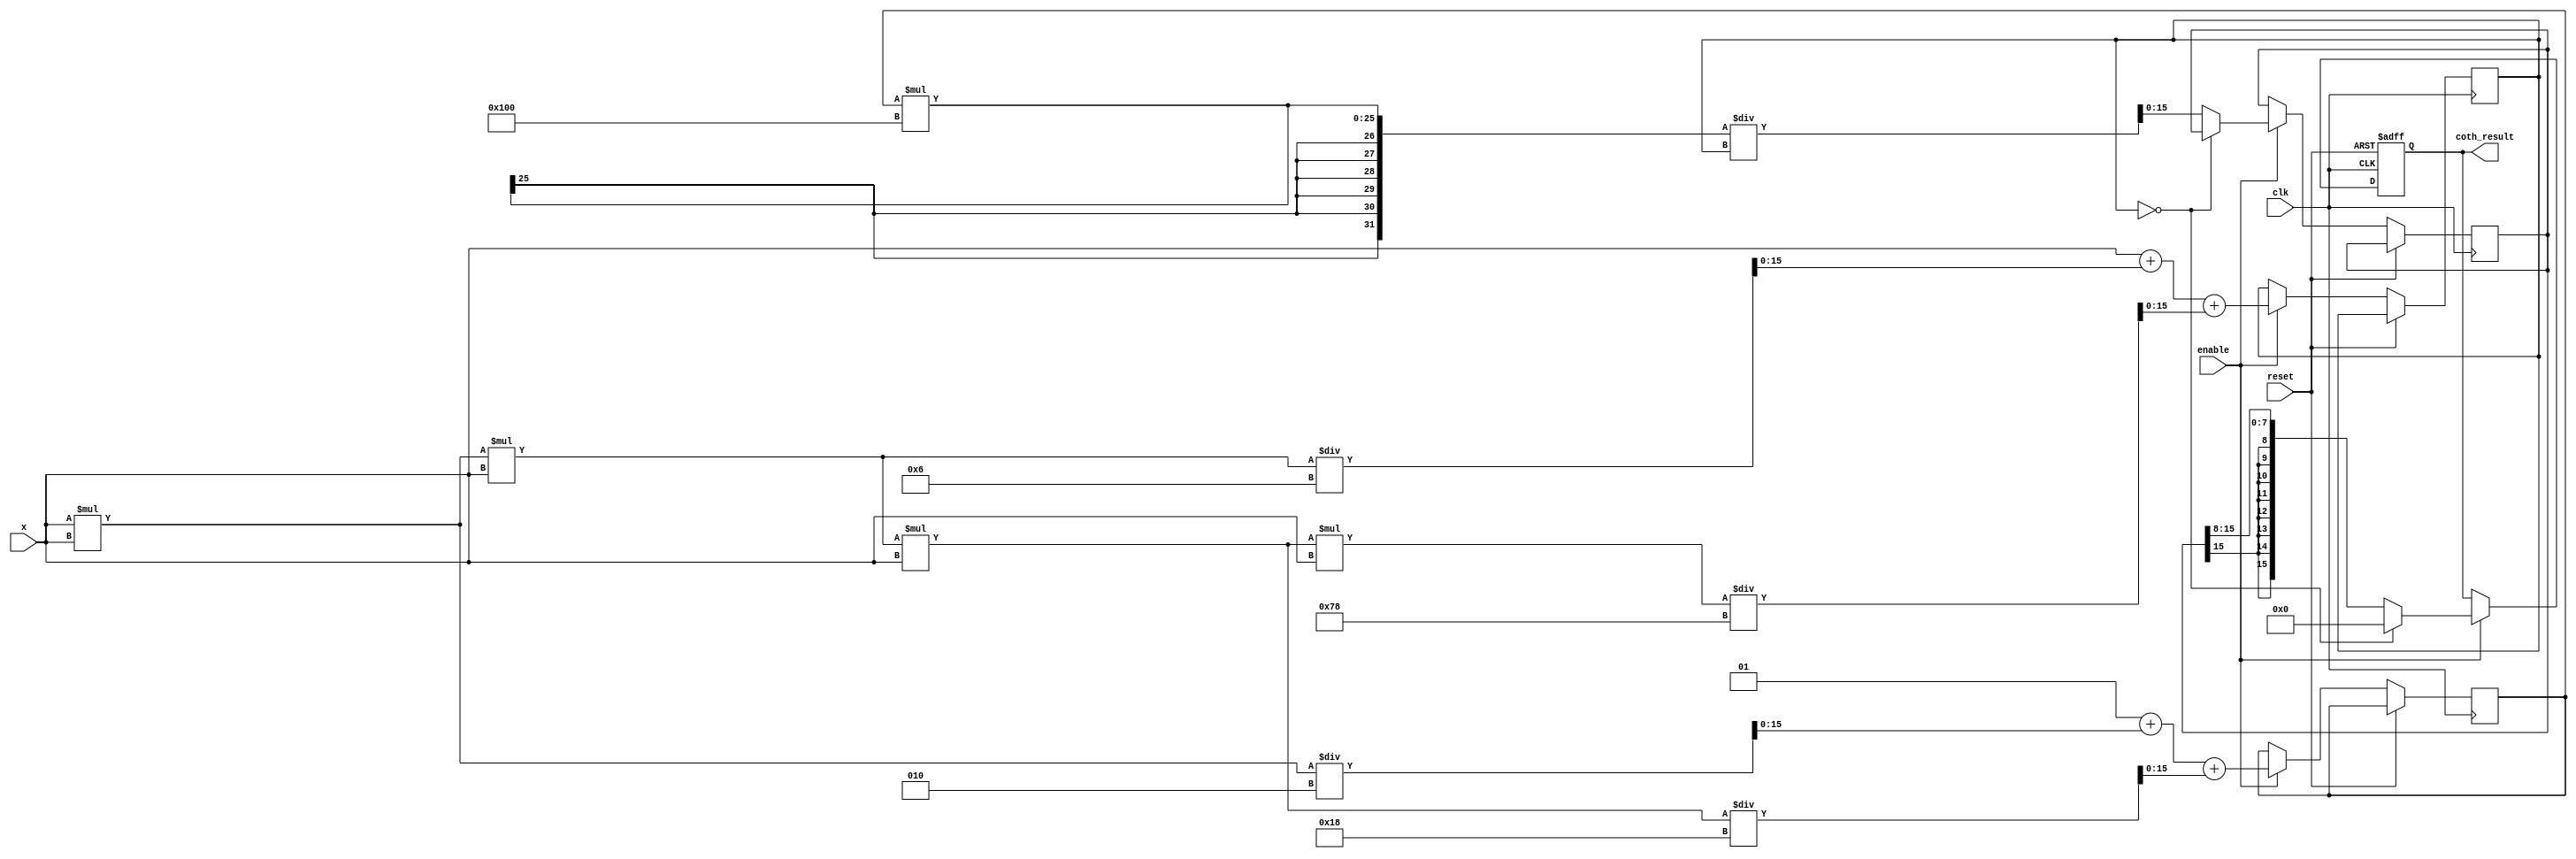
module hyperbolic_cotangent #(
    parameter WIDTH = 16, // Bit-width for fixed-point representation
    parameter FRAC_BITS = 8 // Number of fractional bits
)(
    input wire clk,
    input wire reset,
    input wire enable,
    input wire signed [WIDTH-1:0] x, // Input value
    output reg signed [WIDTH-1:0] coth_result // Output result
);

    // Internal signals
    reg signed [WIDTH-1:0] sinh_x;
    reg signed [WIDTH-1:0] cosh_x;
    reg signed [WIDTH-1:0] tanh_x;
    reg signed [WIDTH-1:0] temp_result;

    // Function to compute sinh(x) using Taylor series
    function signed [WIDTH-1:0] sinh;
        input signed [WIDTH-1:0] x;
        begin
            sinh = x; // First term
            sinh = sinh + (x * x * x) / 6; // Second term
            sinh = sinh + (x * x * x * x * x) / 120; // Third term
            // Add more terms for better accuracy if needed
        end
    endfunction

    // Function to compute cosh(x) using Taylor series
    function signed [WIDTH-1:0] cosh;
        input signed [WIDTH-1:0] x;
        begin
            cosh = 1; // First term
            cosh = cosh + (x * x) / 2; // Second term
            cosh = cosh + (x * x * x * x) / 24; // Third term
            // Add more terms for better accuracy if needed
        end
    endfunction

    // Always block for computation
    always @(posedge clk or posedge reset) begin
        if (reset) begin
            coth_result <= 0;
        end else if (enable) begin
            // Compute sinh(x) and cosh(x)
            sinh_x <= sinh(x);
            cosh_x <= cosh(x);

            // Check for edge case where sinh(x) is zero
            if (sinh_x == 0) begin
                coth_result <= 0; // or some defined behavior
            end else begin
                // Compute coth(x) = cosh(x) / sinh(x)
                temp_result <= cosh_x * (1 << FRAC_BITS) / sinh_x; // Scale to maintain precision
                coth_result <= temp_result >>> FRAC_BITS; // Scale back
            end
        end
    end

endmodule